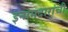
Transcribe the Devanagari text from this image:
इनामदारांची